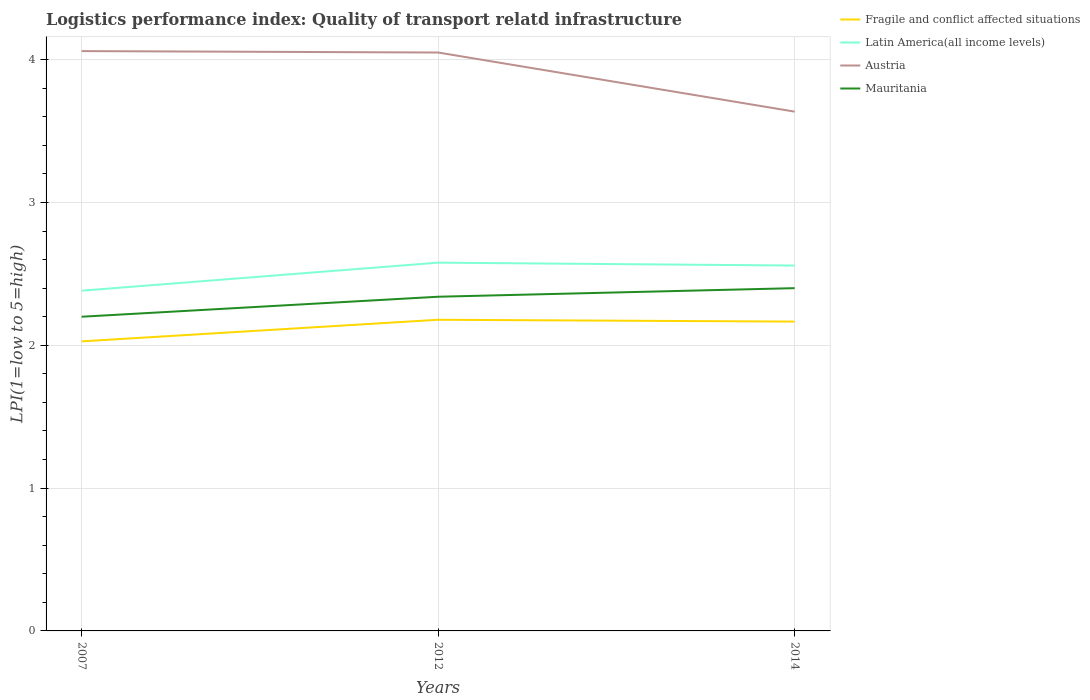
| Years | Fragile and conflict affected situations | Latin America(all income levels) | Austria | Mauritania |
 | --- | --- | --- | --- | --- |
 | 2007 | 2.03 | 2.38 | 4.06 | 2.2 |
 | 2012 | 2.18 | 2.58 | 4.05 | 2.34 |
 | 2014 | 2.17 | 2.56 | 3.64 | 2.4 |